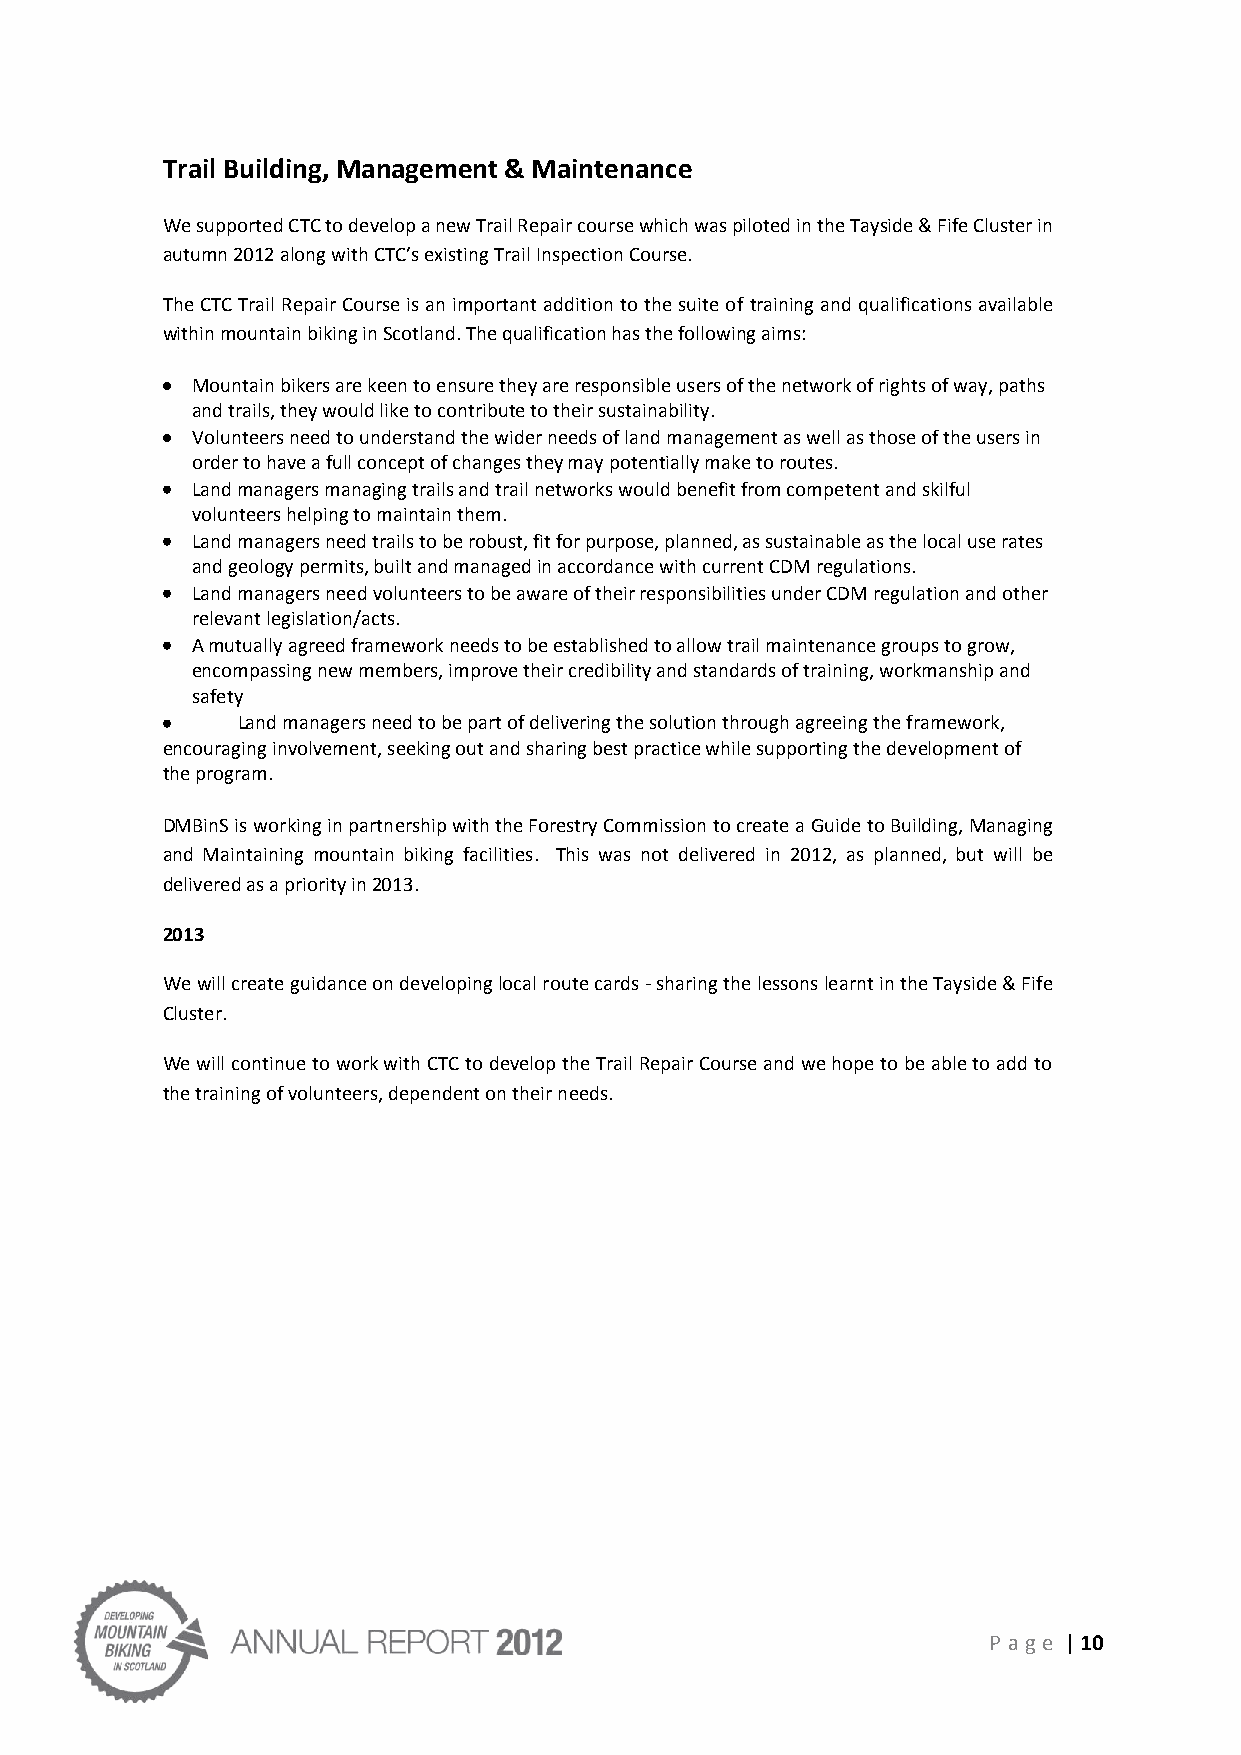
Trail Building, Management & Maintenance
 We supported CTC to develop a new Trail Repair course which was piloted in the Tayside & Fife Cluster in
 autumn 2012 along with CTC’s existing Trail Inspection Course.
 The CTC Trail Repair Course is an important addition to the suite of training and qualifications available
 within mountain biking in Scotland. The qualification has the following aims:
 Mountain bikers are keen to ensure they are responsible users of the network of rights of way, paths
 and trails, they would like to contribute to their sustainability.
 Volunteers need to understand the wider needs of land management as well as those of the users in
 order to have a full concept of changes they may potentially make to routes.
 Land managers managing trails and trail networks would benefit from competent and skilful
 volunteers helping to maintain them.
 Land managers need trails to be robust, fit for purpose, planned, as sustainable as the local use rates
 and geology permits, built and managed in accordance with current CDM regulations.
 Land managers need volunteers to be aware of their responsibilities under CDM regulation and other
 relevant legislation/acts.
 A mutually agreed framework needs to be established to allow trail maintenance groups to grow,
 encompassing new members, improve their credibility and standards of training, workmanship and
 safety
 Land managers need to be part of delivering the solution through agreeing the framework,
 encouraging involvement, seeking out and sharing best practice while supporting the development of
 the program.
 DMBinS is working in partnership with the Forestry Commission to create a Guide to Building, Managing
 and Maintaining mountain biking facilities. This was not delivered in 2012, as planned, but will be
 delivered as a priority in 2013.
 2013
 We will create guidance on developing local route cards - sharing the lessons learnt in the Tayside & Fife
 Cluster.
 We will continue to work with CTC to develop the Trail Repair Course and we hope to be able to add to
 the training of volunteers, dependent on their needs.
 P age | 10